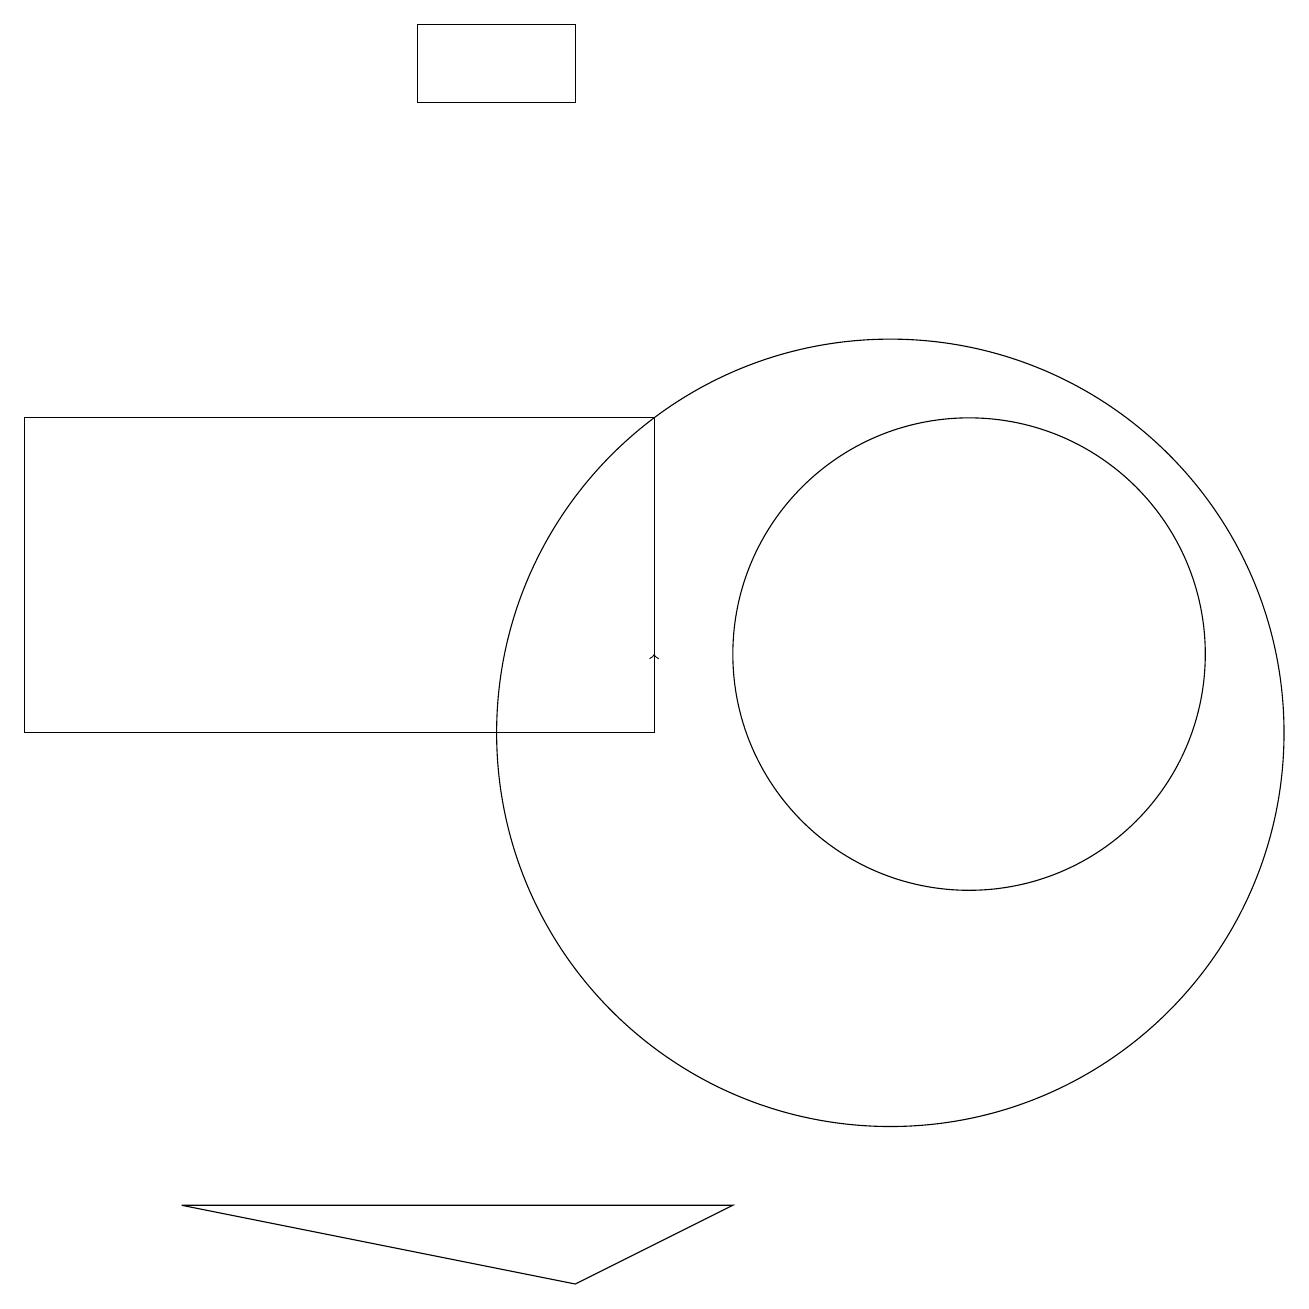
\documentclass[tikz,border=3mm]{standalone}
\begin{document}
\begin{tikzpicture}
\draw (11,10) circle (5);
\draw (7,3) -- (2,4) -- (9,4) -- cycle;
\draw (12,11) circle (3);
\draw[->] (8,11) -- (8,11);
\draw (5,18) rectangle (7,19);
\draw (0,14) rectangle (8,10);
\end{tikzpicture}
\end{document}